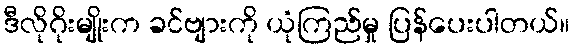
ဒီလိုဂိုးမျိုးက ခင်ဗျားကို ယုံကြည်မှု ပြန်ပေးပါတယ်။